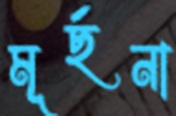
মূর্ছনা